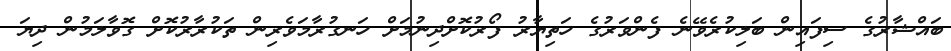
ބައްޝާރުގެ ސިފައިން ބަލިކުރެވޭނެ ފެންވަރުގެ ހަތިޔާރު ފޯރުކޮށްދިނުމަށް ހަނގުރާމަވެރިން ތަކުރާރުކޮށް ގޮވާލަމުން ދިޔަ